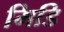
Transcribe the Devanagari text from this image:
मिडि